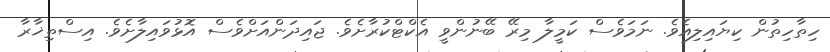
ހިތާހިތުން ކިޔައިލިއެވެ. ނަމަވެސް ކަމީލާ މިރޭ ބޭނުންވީ އެކްޓްކުރާށެވެ. ޖައިދަންއަށްވެސް އޮޅުވައިލާށެވެ. އިސްތިޚާރާ